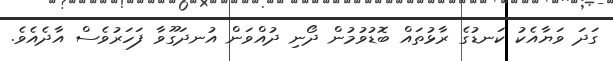
ގަދަ ވަޔާއެކު ކަނޑުގެ ރާޅުތައް ބޮޑުވުމުން ދޯނި ދުއްވަން އުނދަގޫވާ ފަހަރުވެސް އާދެއެވެ.